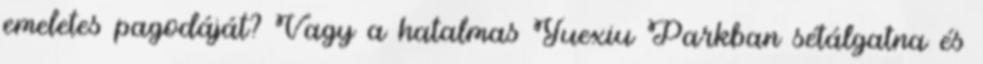
emeletes pagodáját? Vagy a hatalmas Yuexiu Parkban sétálgatna és